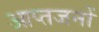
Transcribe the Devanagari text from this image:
आप्तजनों